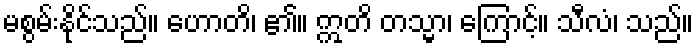
မစွမ်းနိုင်သည်။ ဟောတိ၊ ၏။ ဣတိ တသ္မာ၊ ကြောင့်။ သီလံ၊ သည်။